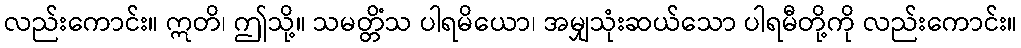
လည်းကောင်း။ ဣတိ၊ ဤသို့။ သမတ္တိံသ ပါရမိယော၊ အမျှသုံးဆယ်သော ပါရမီတို့ကို လည်းကောင်း။